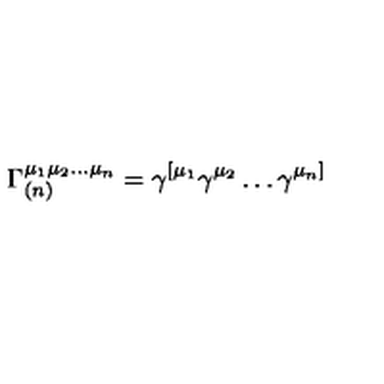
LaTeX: \Gamma _ { ( n ) } ^ { \mu _ { 1 } \mu _ { 2 } \ldots \mu _ { n } } = \gamma ^ { [ \mu _ { 1 } } \gamma ^ { \mu _ { 2 } } \ldots \gamma ^ { \mu _ { n } ] }